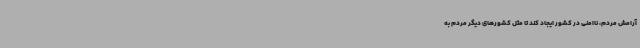
آرامش مردم، ناامنی در کشور ایجاد کند تا مثل کشورهای دیگر مردم به